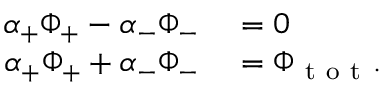
\begin{array} { r l } { \alpha _ { + } \Phi _ { + } - \alpha _ { - } \Phi _ { - } } & { { } = 0 } \\ { \alpha _ { + } \Phi _ { + } + \alpha _ { - } \Phi _ { - } } & { { } = \Phi _ { \mathrm { ~ t ~ o ~ t ~ } } . } \end{array}